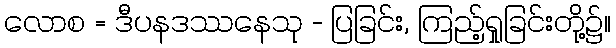
လောစ = ဒီပနဒဿနေသု - ပြခြင်း, ကြည့်ရှုခြင်းတို့၌။